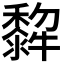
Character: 𤛿